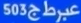
"503